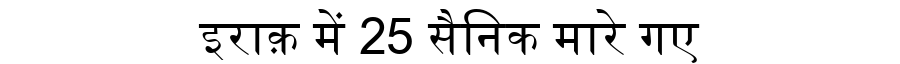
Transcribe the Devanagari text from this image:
इराक़ में 25 सैनिक मारे गए